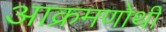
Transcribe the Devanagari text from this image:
आक्रमणोथी